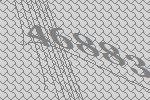
46883